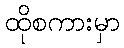
ထိုစကားမှာ